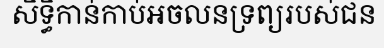
សិទ្ធិកាន់កាប់អចលនទ្រព្យរបស់ជន